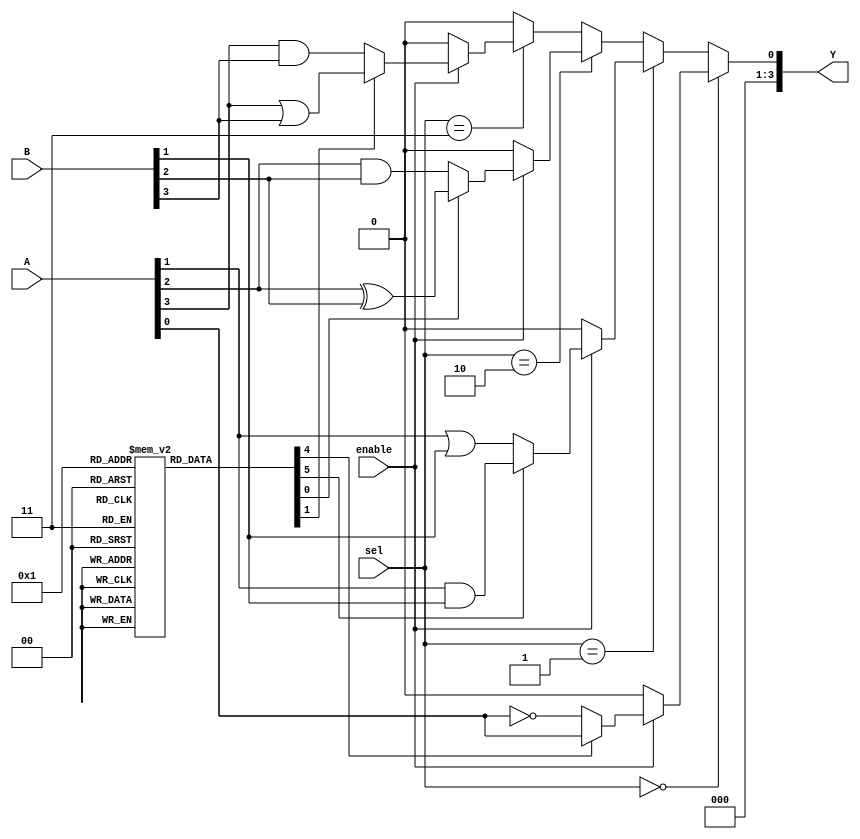
module CLB (
    input wire [3:0] A,          // 4-bit input vector
    input wire [3:0] B,          // 4-bit input vector
    input wire [1:0] sel,        // Select signal for MUX
    input wire enable,            // Enable signal for logic cells
    output wire [3:0] Y          // 4-bit output vector
);

// LUTs for logic cells
wire [3:0] lut_out;
reg [3:0] lut_config [0:3]; // Configuration for 4 LUTs

// Logic Cell 0
always @(*) begin
    if (enable) begin
        lut_out[0] = lut_config[0][0] ? A[0] : ~A[0]; // Example function
        lut_out[1] = lut_config[0][1] ? A[1] & B[1] : A[1] | B[1]; // Example function
    end else begin
        lut_out[0] = 1'b0;
        lut_out[1] = 1'b0;
    end
end

// Logic Cell 1
always @(*) begin
    if (enable) begin
        lut_out[2] = lut_config[1][0] ? A[2] ^ B[2] : A[2] & B[2]; // Example function
        lut_out[3] = lut_config[1][1] ? A[3] | B[3] : A[3] & B[3]; // Example function
    end else begin
        lut_out[2] = 1'b0;
        lut_out[3] = 1'b0;
    end
end

// MUX to select output based on 'sel' signal
assign Y = (sel == 2'b00) ? lut_out[0] :
           (sel == 2'b01) ? lut_out[1] :
           (sel == 2'b10) ? lut_out[2] :
           (sel == 2'b11) ? lut_out[3] : 4'b0000;

endmodule